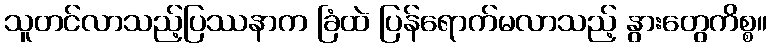
သူတင်လာသည့်ပြဿနာက ခြံထဲ ပြန်ရောက်မလာသည့် နွားတွေကိစ္စ။